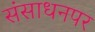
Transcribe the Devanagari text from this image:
संसाधनपर